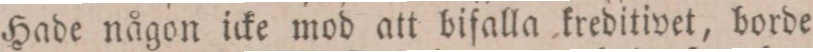
Hade någon icke mod att bifalla kreditivet, borde